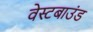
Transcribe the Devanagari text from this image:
वेस्टबाउंड